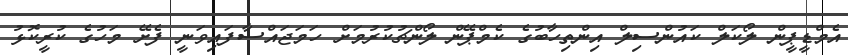
އެމްޑީޕީން ލޯކަލް ކައުންސިލް އިންތިހާބުގެ ކެމްޕޭން ލޯންޗުކުރުމަށް ހަމަޖައްސާފައިވަނީ ފެށޭ މަހުގެ ކުރީކޮޅު